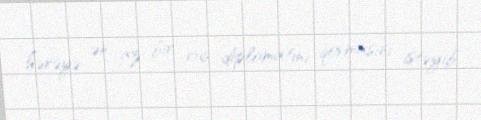
hərəyə ən az bir rus diplomatını qovmasını istəyib.